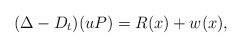
\begin{align*}(\Delta - D_t) (uP)= R(x) + w(x), \end{align*}